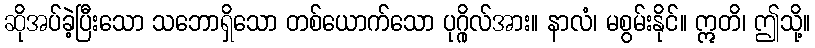
ဆိုအပ်ခဲ့ပြီးသော သဘောရှိသော တစ်ယောက်သော ပုဂ္ဂိုလ်အား။ နာလံ၊ မစွမ်းနိုင်။ ဣတိ၊ ဤသို့။